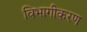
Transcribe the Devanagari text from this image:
विभागीकरण